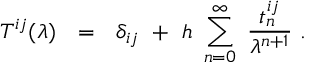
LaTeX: T ^ { i j } ( \lambda ) ~ ~ = ~ ~ \delta _ { i j } ~ + ~ h ~ \sum _ { n = 0 } ^ { \infty } ~ { \frac { t _ { n } ^ { i j } } { \lambda ^ { n + 1 } } } ~ .